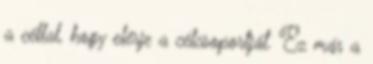
a céllal, hogy elérje a célcsoportját. Ez már a